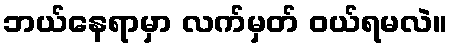
ဘယ်နေရာမှာ လက်မှတ် ဝယ်ရမလဲ။